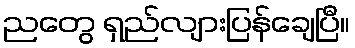
ညတွေ ရှည်လျားပြန်ချေပြီ။